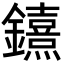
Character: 𨯨